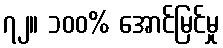
၇၂။ ၁၀၀% အောင်မြင်မှု